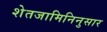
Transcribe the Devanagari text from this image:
शेतजामिनिनुसार